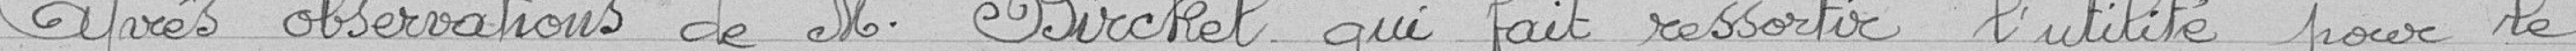
Après observations de monsieur Birckel qui fait ressortir l'utilité pour le